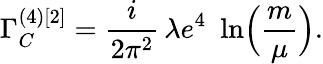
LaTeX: \Gamma_{C}^{(4)[2]}=\frac{i}{2\pi^{2}}\, \lambda e^{4}\, \, \ln\Bigl(\frac{m}{\mu}\Bigr).